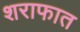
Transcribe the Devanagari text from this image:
शराफात